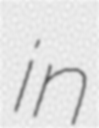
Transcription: in